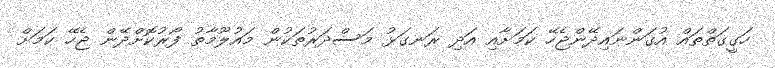
ހަގީގަތްތައް އުގަންނައިދޭންޖެހޭ ކަމަށާއި އަދި ރަނގަޅު މަސްދަރުތަކުން މައުލޫމާތު ފޯރުކޮށްދޭން ޖެހޭ ކަމަށް